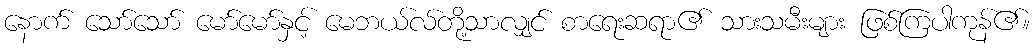
နောက် သော်သော် မော်မော်နှင့် မေဘယ်လ်တို့သာလျှင် စာရေးဆရာ၏ သားသမီးများ ဖြစ်ကြပါကုန်၏။